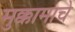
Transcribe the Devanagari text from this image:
मुक्कामाचे